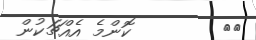
٤٩        ކޮންމެ އެއްޗަކުން